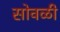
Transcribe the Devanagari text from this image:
सोवळी